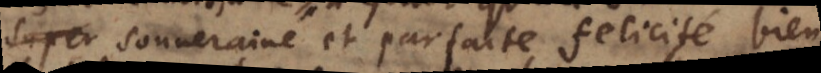
sa souveraine et parfaite felicité bien